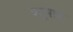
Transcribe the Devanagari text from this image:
बहुपाद